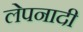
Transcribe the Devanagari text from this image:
लेपनादी